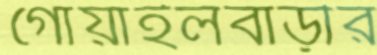
গোয়াইলবাড়ীর